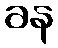
ခန